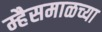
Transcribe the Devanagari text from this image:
म्हैसमाळच्या